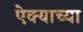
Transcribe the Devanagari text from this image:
ऐक्याच्या